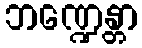
ဘဏ္ဍေန္တာ